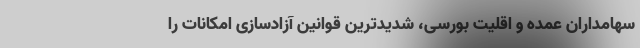
سهامداران عمده و اقلیت بورسی، شدیدترین قوانین آزادسازی امکانات را